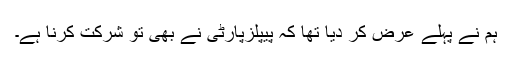
ہم نے پہلے عرض کر دیا تھا کہ پیپلزپارٹی نے بھی تو شرکت کرنا ہے۔